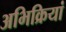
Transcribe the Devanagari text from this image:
अभिक्रियां